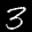
Label: 3